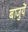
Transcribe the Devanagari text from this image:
बाजुयें